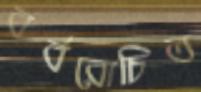
বর্বরোচিত